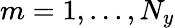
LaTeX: m=1,...,N_{y}